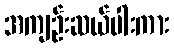
အကျဉ်းဆယ်ပါးကား